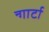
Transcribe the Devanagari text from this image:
न्गार्टा